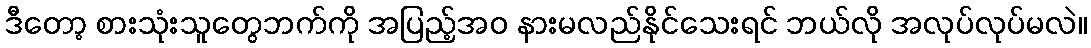
ဒီတော့ စားသုံးသူတွေဘက်ကို အပြည့်အဝ နားမလည်နိုင်သေးရင် ဘယ်လို အလုပ်လုပ်မလဲ။